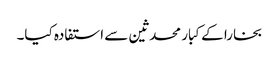
بخارا کے کبار محدثین سے استفادہ کیا۔